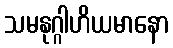
သမနုဂ္ဂါဟိယမာနော